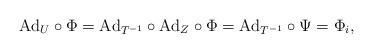
LaTeX: \begin{align*} \mathrm{Ad}_U\circ\Phi =\mathrm{Ad}_{T^{-1}}\circ \mathrm{Ad}_Z\circ\Phi =\mathrm{Ad}_{T^{-1}}\circ\Psi =\Phi_i, \end{align*}